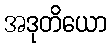
အဒုတိယော